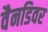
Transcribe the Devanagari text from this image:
वैनडिवर